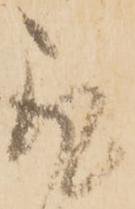
取